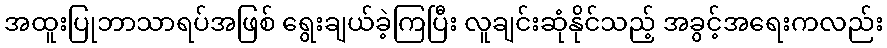
အထူးပြုဘာသာရပ်အဖြစ် ရွေးချယ်ခဲ့ကြပြီး လူချင်းဆုံနိုင်သည့် အခွင့်အရေးကလည်း